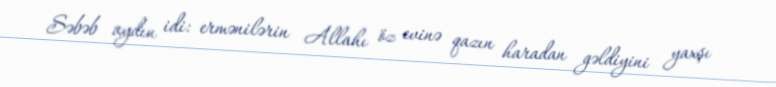
Səbəb aydın idi: ermənilərin Allahı öz evinə qazın haradan gəldiyini yaxşı